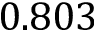
0 . 8 0 3